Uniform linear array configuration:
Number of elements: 12
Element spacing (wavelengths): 0.5
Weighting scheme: cosine
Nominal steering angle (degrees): -45
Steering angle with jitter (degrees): -43.65
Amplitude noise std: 0.05
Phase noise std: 0.05

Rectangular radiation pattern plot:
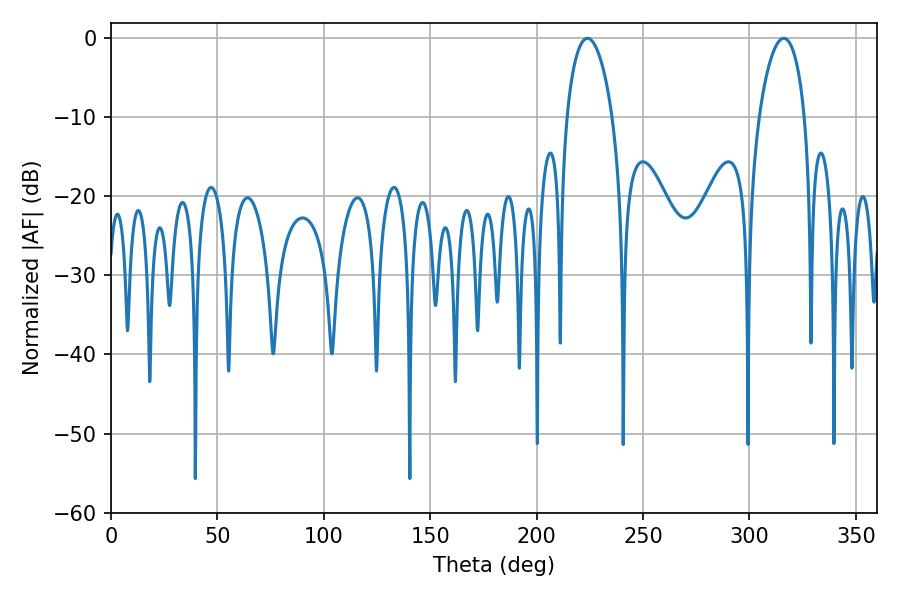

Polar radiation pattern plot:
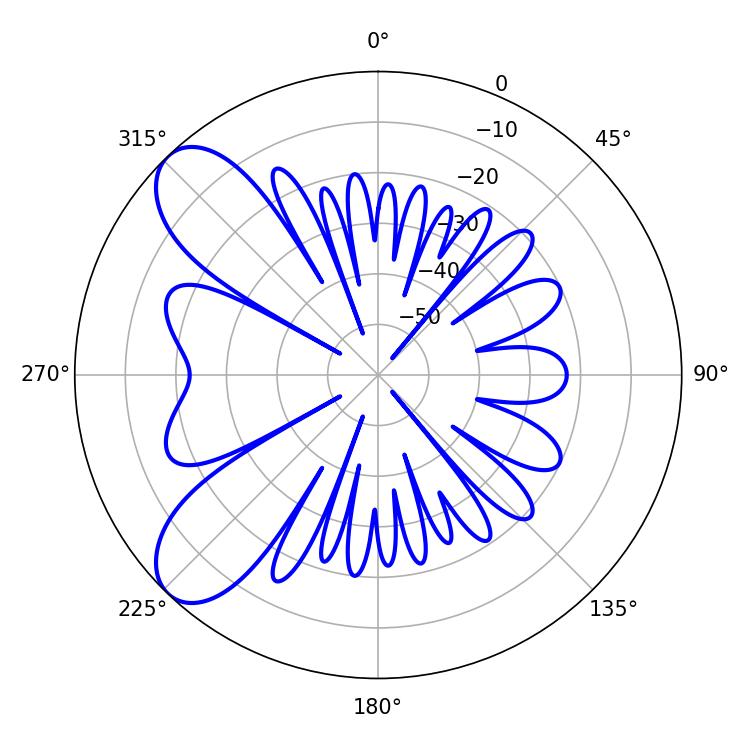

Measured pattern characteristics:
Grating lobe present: FALSE
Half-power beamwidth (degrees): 12.06
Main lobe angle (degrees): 223.92